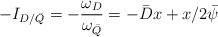
\begin{align*} -I_{D/\bar Q}= - \frac{\omega _{D}}{\omega _{\bar Q}}=-\bar{D}x+x/2\bar{\psi}\end{align*}